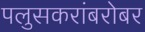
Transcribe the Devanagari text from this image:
पलुसकरांबरोबर